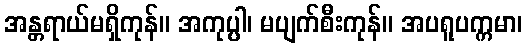
အန္တရာယ်မရှိကုန်။ အကုပ္ပါ၊ မပျက်စီးကုန်။ အပရူပက္ကမာ၊